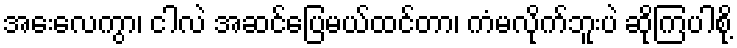
အေးလေကွာ၊ ငါလဲ အဆင်ပြေမယ်ထင်တာ၊ ကံမလိုက်ဘူးပဲ ဆိုကြပါစို့